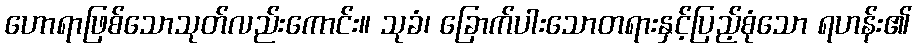
ဟောရာဖြစ်သောသုတ်လည်းကောင်း။ သုခံ၊ ခြောက်ပါးသောတရားနှင့်ပြည့်စုံသော ရဟန်း၏